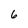
Character: 6